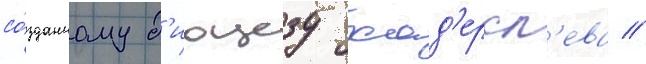
со́зданному д'иоцезу хад'ерсл'ева //